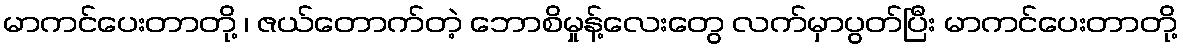
မာကင်ပေးတာတို့ ၊ ဇယ်တောက်တဲ့ ဘောစိမှုန့်လေးတွေ လက်မှာပွတ်ပြီး မာကင်ပေးတာတို့